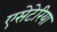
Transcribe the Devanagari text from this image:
एसेटेरिया